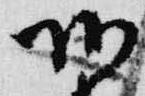
頭